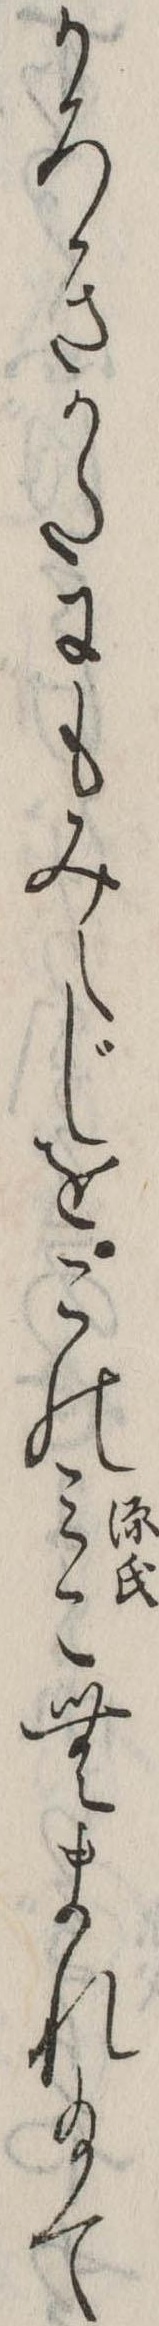
かろきかたにもみえじをこのみこむまれ給て